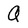
Character: Q